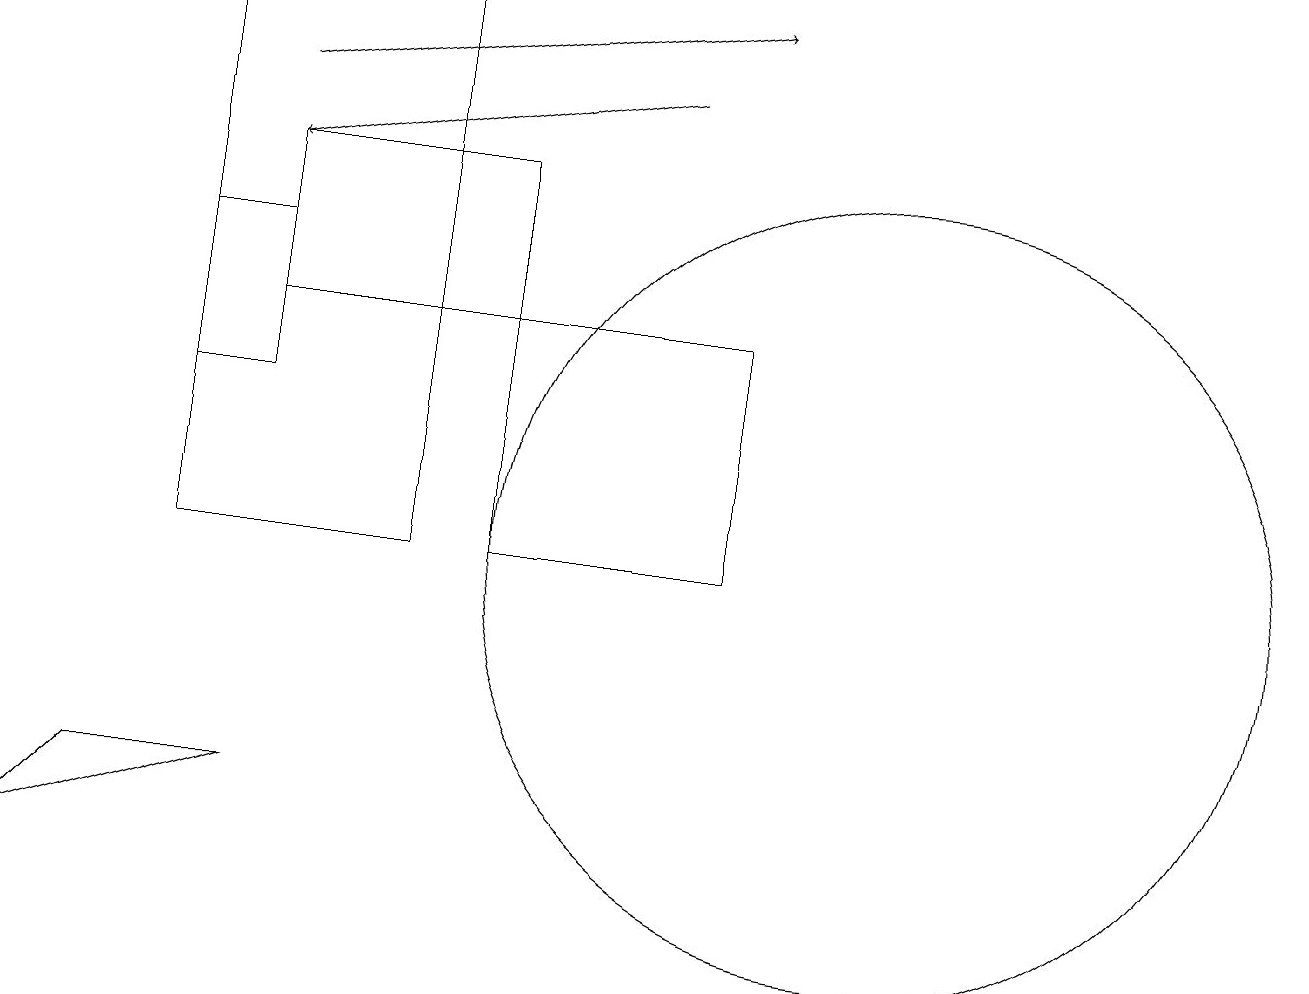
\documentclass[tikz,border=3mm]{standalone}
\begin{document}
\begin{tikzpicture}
\draw[->] (3,17) -- (9,18);
\draw (9,14) rectangle (6,11);
\draw (5,18) rectangle (2,11);
\draw[->] (8,17) -- (3,16);
\draw (1,8) -- (0,7) -- (3,8) -- cycle;
\draw (11,11) circle (5);
\draw (3,16) rectangle (6,14);
\draw (2,15) rectangle (3,13);
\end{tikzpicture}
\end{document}